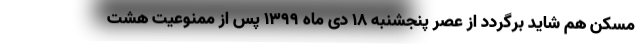
مسکن هم شاید برگردد از عصر پنجشنبه ۱۸ دی ماه ۱۳۹۹ پس از ممنوعیت هشت